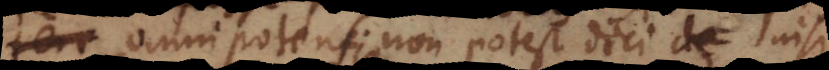
omnipotens non potest dici de nisi